Medical and sanitary report of the native army of Bengal for the year
Year: 1876
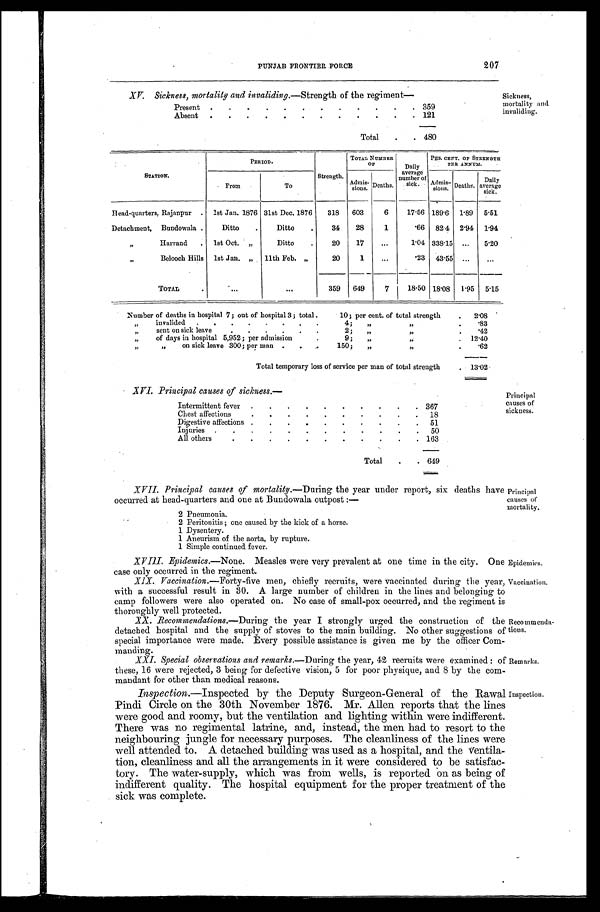
Epidemics.
Vaccination.
207
PUNJAB FRONTIER FORCE
XV. Sickness, mortality and invaliding.- Strength of the regiment-
Present
359
Absent
121
Total
480
Sickness,
mortality and
invaliding.
STATION.
PERIOD.
Strength.
TOTAL NUMBE
R OF
Daily
average
number of
sick.
PER CENT. OF STRENGTH
PER ANNUM.
From
To
Admis-sions. Deaths.
Admis-
sions. Deaths.
Dail
y average
sick.
Head-quarters, Rajanpur
1st Jan. 1876 31st Dec. 1876
318 603
6
17.56 189.6 1.89 5.51
Detachment, Bundowala
Ditto
Ditto
34
28
1
.66 82.4 2.94 1.94
,, Harrand
1st Oct. „
Ditto
20
17
...
1.04 338.15 ...
5.20
,, Belooch Hills 1st Jan. „ 11th Feb. „
20
1
...
.23 43.55 ...
...
TOTAL
...
. . .
359 649
7
18.50 18.08 l.95 5.15
Number of deaths in hospital 7; out of hospital 3; total 10; per cent. of total strength
2 . 0 8
,, invalided 4 ; ,, ,,
. 8 3
,, sent on sick leave 2 ; ,, ,,
. 4 2
,, of days in hospital5,952 ; per admission 9 ; ,, ,,
1 2 . 4 0
,, ,, on sick leave 300 ; per man 150 ; ,, ,,
,
. 6 2
Total temporary loss of service per man of total strength
1 3 . 0 2
XVL Principal causes of sickness.—
Intermittent fever
3 6 7
Chest affections
1 8
Digestive affections
5 1
Injuries
5 0
All others
1 6 3
Total.
6 4 9
Principal
causes of
sickness.
XVII. Principal causes of mortality.— During the year under report, six deaths have
occurred at head-quarters and one at Bundowala outpost :-
2 Pneumonia.
2 Per i t oni t i s; one caused by t he ki ck of a hor se.
1 D y s e n t e r y .
1 Aneurism of the aorta, by rupture.
1 Simple continued fever.
XVIII. Epidemics.—None. Measles were very prevalent at one time in the city. One
case only occurred in the regiment.
XIX. Vaccination.— Forty-five men, chiefly recruits, were vaccinated during the year,
with a successful result in 30. A large number of children in the lines and belonging to
camp followers were also operated on. No case of small-pox occurred, and the regiment is
thoroughly well protected.
XX. Recommendations.—During the year I strongly urged the construction of the
detached hospital and the supply of stoves to the main building. No other suggestions of
special importance were made. Every possible assistance is given me by the officer Com-
manding.
XXI. Special observations and remarks.— During the year, 42 recruits were examined : of
these, 16 were rejected, 3 being for defective vision, 5 for poor physique, and 8 by the com-
mandant for other than medical reasons.
Inspection. —Inspected by the Deputy Surgeon-General of the Rawal
Pindi Circle on the 30th November 1876. Mr. Allen reports that the lines
were good and roomy, but the ventilation and lighting within were indifferent.
There was no regimental latrine, and, instead, the men had to resort to the
neighbouring jungle for necessary purposes. The cleanliness of the lines were
well attended to. A detached building was used as a hospital, and the ventila-
tion, cleanliness and all the arrangements in it were considered to be satisfac-
-tory. The water-supply, which was from wells, is reported on as being of
indifferent quality. The hospital equipment for the proper treatment of the
sick was complete.
Principal
causes of
mortality.
Reco mmenda-
tions.
Remarks.
Inspection.